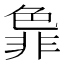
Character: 𬜞